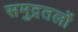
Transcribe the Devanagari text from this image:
समुद्रतलों